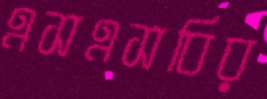
এসএসবির